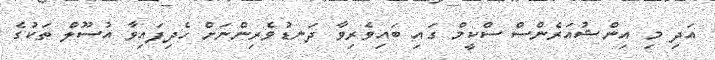
އަދި މި އިންޝުއަރެންސް ސްކީމް ގައި ބައިވެރިވާ ދަނޑުވެރިންނަށް ހެދިފައިވާ އުސޫލް ތަކުގެ